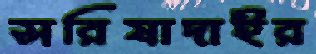
সরিষাদাইর